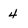
Character: 4